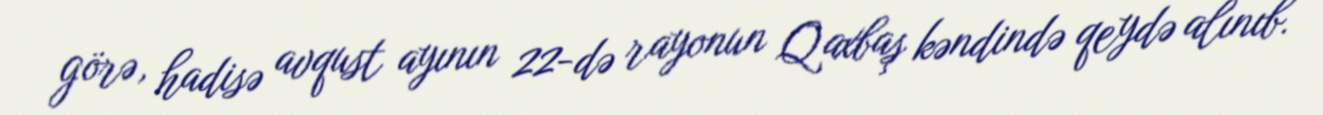
görə, hadisə avqust ayının 22-də rayonun Qaxbaş kəndində qeydə alınıb.